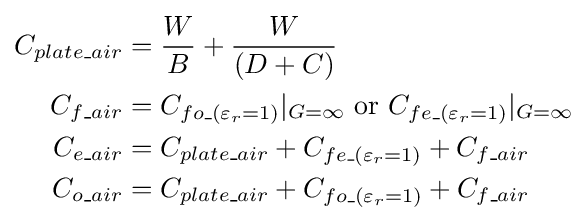
{\begin{aligned}C_{plate\_air}&={\frac {W}{B}}+{\frac {W}{(D+C)}}\\C_{f\_air}&=C_{fo\_(\varepsilon _{r}=1)}|_{G=\infty }{\text{ or }}C_{fe\_(\varepsilon _{r}=1)}|_{G=\infty }\\C_{e\_air}&=C_{plate\_air}+C_{fe\_(\varepsilon _{r}=1)}+C_{f\_air}\\C_{o\_air}&=C_{plate\_air}+C_{fo\_(\varepsilon _{r}=1)}+C_{f\_air}\\\end{aligned}}